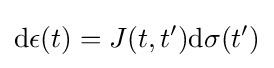
{\mbox{d}}\epsilon (t)=J(t,t'){\mbox{d}}\sigma (t')